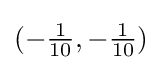
(-{\tfrac {1}{10}},-{\tfrac {1}{10}})